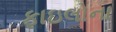
ફાઇલોના